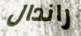
راندال